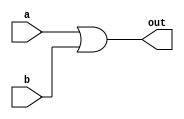
// name: or_gate
 
module or_gate(out,a,b);  //you list all inputs and outputs, by convention outputs go first
output out;                          // this tells the compile which lines are inputs and outputs 
input a, b;

assign out = a | b;         // output function
endmodule